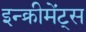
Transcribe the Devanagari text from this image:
इन्‍क्रीमेंट्‌स